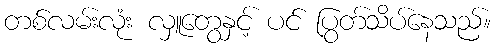
တစ်လမ်းလုံး လှူတွေနှင့် ပင် ပြွတ်သိပ်နေသည်။